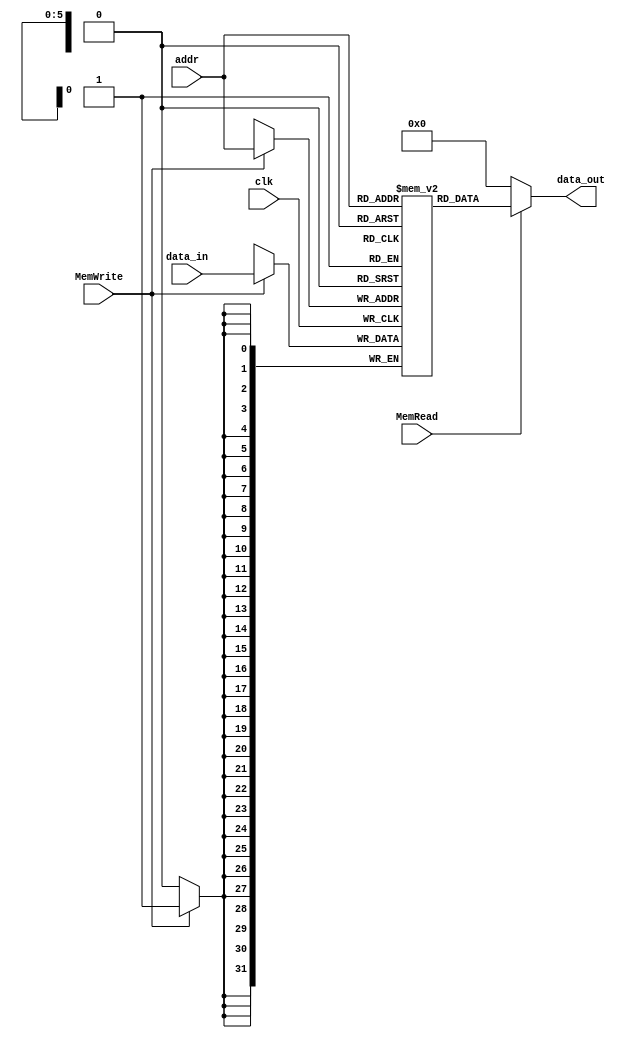
`timescale 1ns / 1ps


module DataMem
(input clk, input MemRead, input MemWrite,
input [5:0] addr, input [31:0] data_in, output [31:0] data_out);
reg [31:0] mem [0:63];
always @(posedge clk) begin
if (MemWrite)
mem[addr] <= data_in;
end

initial begin
 mem[0]=32'd17;
 mem[1]=32'd9;
 mem[2]=32'd25;

 end
assign data_out = MemRead ? mem[addr]:0;
 endmodule